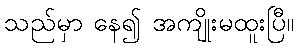
သည်မှာ နေ၍ အကျိုးမထူးပြီ။